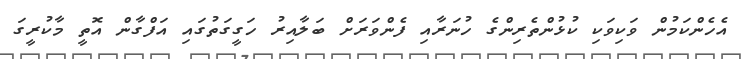
އެހެންކަމުން ވަކިވަކި ކުޅުންތެރިންގެ ހުނަރާއި ފެންވަރަށް ބަލާއިރު ހަގީގަތުގައި އަފްގާން އޮތީ މާކުރީގަ